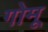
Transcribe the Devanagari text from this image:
गोमू